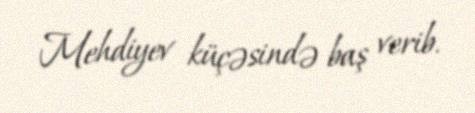
Mehdiyev küçəsində baş verib.